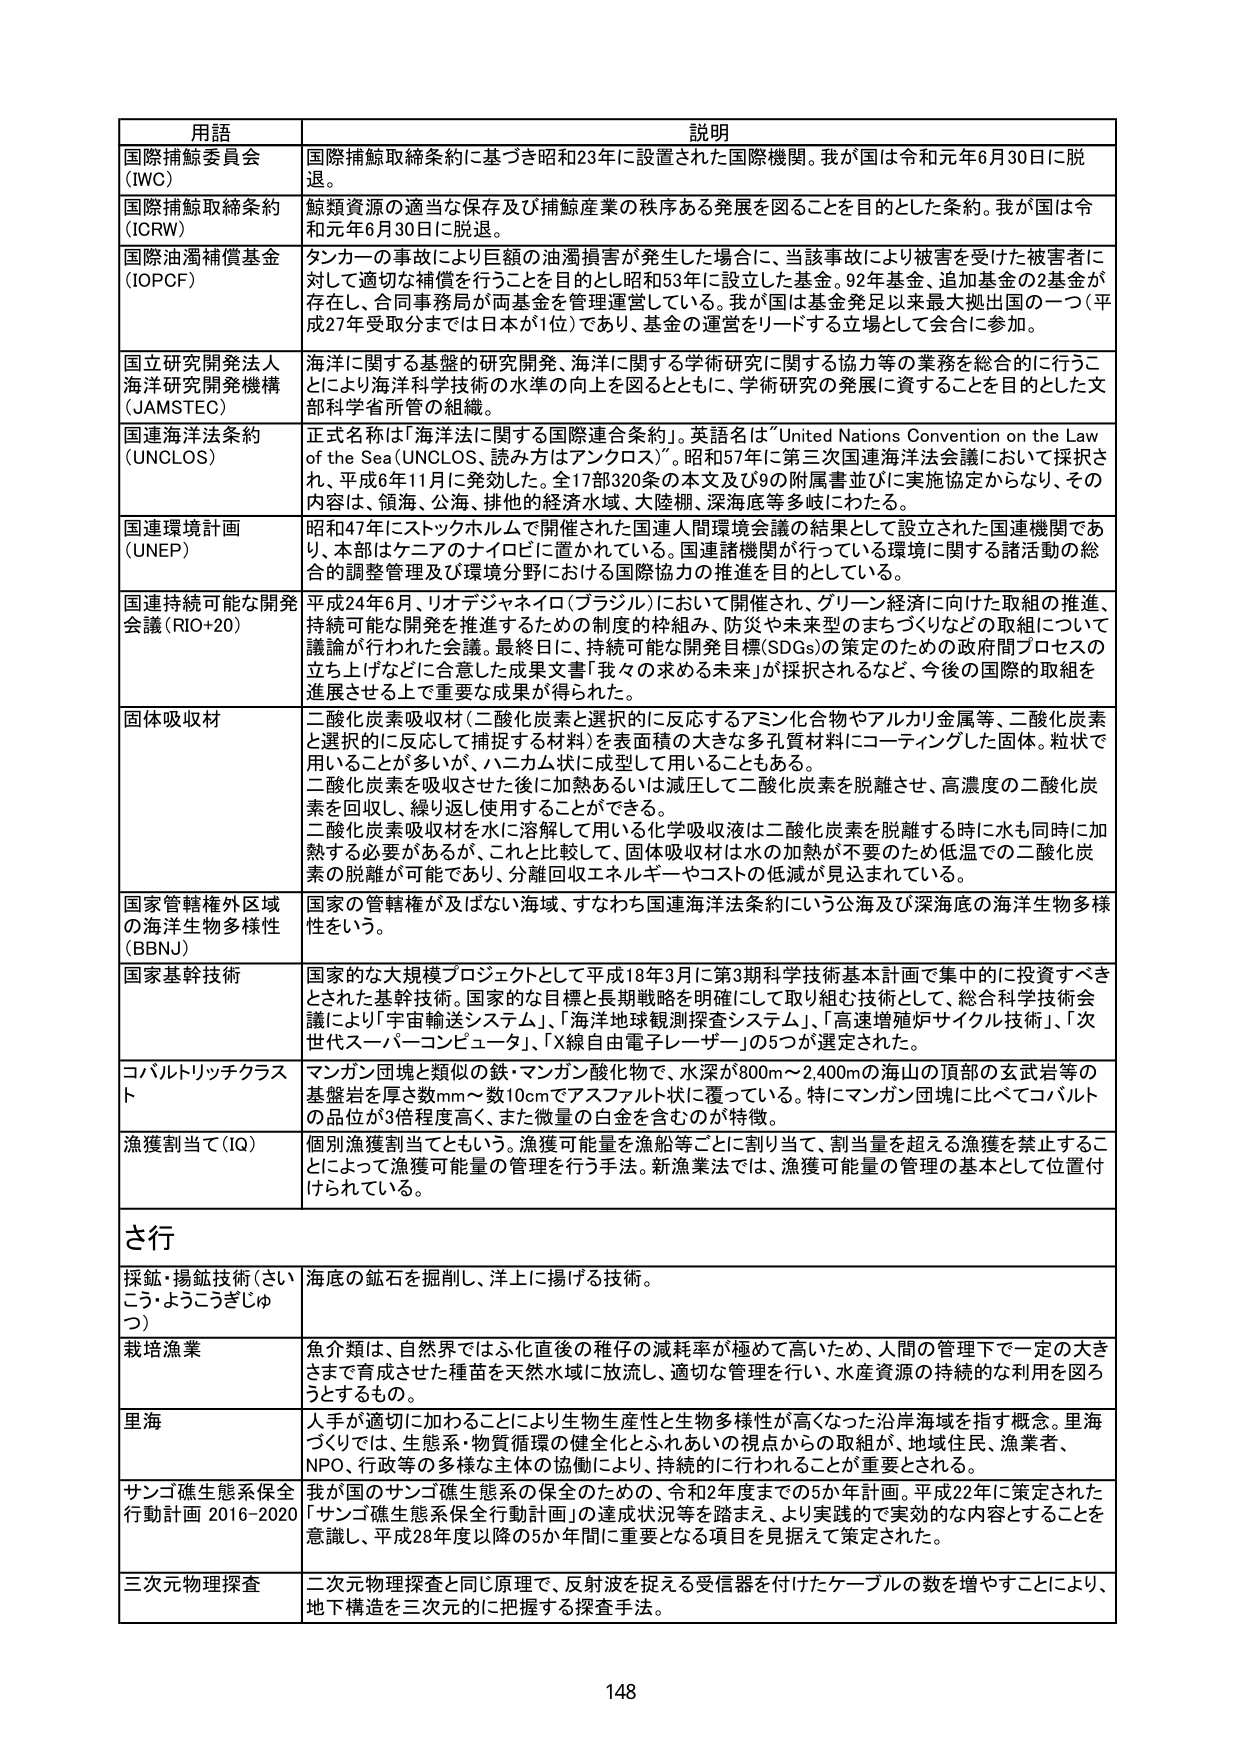
用語 説明
国際捕鯨委員会（IWC） 国際捕鯨取締条約に基づき昭和23年に設置された国際機関。我が国は令和元年6月30日に脱退。
国際捕鯨取締条約（ICRW） 鯨類資源の適当な保存及び捕鯨産業の秩序ある発展を図ることを目的とした条約。我が国は令和元年6月30日に脱退。
国際油濁補償基金（IOPCF） タンカーの事故により巨額の油濁損害が発生した場合に、当該事故により被害を受けた被害者に対して適切な補償を行うことを目的とし昭和53年に設立した基金。92年基金、追加基金の2基金が存在し、合同事務局が両基金を管理運営している。我が国は基金発足以来最大拠出国の一つ（平成27年受取分までは日本が1位）であり、基金の運営をリードする立場として会合に参加。
国立研究開発法人海洋研究開発機構（JAMSTEC） 海洋に関する基盤的研究開発、海洋に関する学術研究に関する協力等の業務を総合的に行うことにより海洋科学技術の水準の向上を図るとともに、学術研究の発展に資することを目的とした文部科学省所管の組織。
国連海洋法条約（UNCLOS） 正式名称は「海洋法に関する国際連合条約」。英語名は“United Nations Convention on the Law of the Sea (UNCLOS、読み方はアンクロス)”。昭和57年に第三次国連海洋法会議において採択され、平成6年11月に発効した。全17部320条の本文及び9の附属書並びに実施協定からなり、その内容は、領海、公海、排他的経済水域、大陸棚、深海底等多岐にわたる。
国連環境計画（UNEP） 昭和47年にストックホルムで開催された国連人間環境会議の結果として設立された国連機関であり、本部はケニアのナイロビに置かれている。国連諸機関が行っている環境に関する諸活動の総合的調整管理及び環境分野における国際協力の推進を目的としている。
国連持続可能な開発会議（RIO+20） 平成24年6月、リオデジャネイロ（ブラジル）において開催され、グリーン経済に向けた取組の推進、持続可能な開発を推進するための制度的枠組み、防災や未来型のまちづくりなどの取組について議論が行われた会議。最終日に、持続可能な開発目標（SDGs）の策定のための政府間プロセスの立ち上げなどに合意した成果書「我々の求める未来」が採択されるなど、今後の国際的取組を進展させる上で重要な成果が得られた。
固体吸収材 二酸化炭素吸収材（二酸化炭素と選択的に反応するアミン化合物やアルカリ金属等、二酸化炭素と選択的に反応して捕捉する材料）を表面積の大きな多孔質材料にコーティングした固体。粒状で用いることが多いが、ハニカム状に成型して用いることもある。二酸化炭素を吸収させた後に加熱あるいは減圧して二酸化炭素を脱離させ、高濃度の二酸化炭素を回収し、繰り返し使用することができる。二酸化炭素吸収材を水に溶解して用いる化学吸収液は二酸化炭素を脱離する時に水も同時に加熱する必要があるが、これと比較して、固体吸収材は水の加熱が不要のため低温での二酸化炭素の脱離が可能であり、分離回収エネルギーーやコストの低減が見込まれている。
国家管轄権外区域の海洋生物多様性（BBNJ） 国家の管轄権が及ばない海域、すなわち国連海洋法条約にいう公海及び深海底の海洋生物多様性をいう。
国家基幹技術 国家的な大規模プロジェクトとして平成18年3月に第3期科学技術基本計画で集中的に投資すべきとされた基幹技術。国家的な目標と長期戦略を明確にして取り組む技術として、総合科学技術会議により「宇宙輸送システム」、「海洋地球観測探査システム」、「高速増殖炉サイクル技術」、「次世代スーパーコンピュータ」、「線自由電子レーザー」の5つが選定された。
コバルトリッチクラス ト マンガン団塊と類似の鉄・マンガン酸化物で、水深が800m～2,400mの海山の頂部の玄武岩等の基盤岩を厚さ数mm～数10cmでアスファルト状に覆っている。特にマンガン団塊に比べてコバルトの品位が3倍程度高く、また微量の白金を含むのが特徴。
漁獲割当て（IQ） 個別漁獲割当てともいう。漁獲可能量を漁船等ごとに割り当て、割当量を超える漁獲を禁止することによって漁獲可能量の管理を行う手法。新漁業法では、漁獲可能量の管理の基本として位置付けられている。
さ行 採鉱・揚鉱技術（さいこう・ようこうぎじゅつ） 海底の鉱石を掘削し、洋上に揚げる技術。
栽培漁業 魚介類は、自然界ではふ化直後の稚仔の減耗率が極めて高いため、人間の管理下で一定の大きさまで育成させた種苗を天然水域に放流し、適切な管理を行い、水産資源の持続的な利用を図ろうとするもの。
里海 人手が適切に加わることにより生物生産性と生物多様性が高くなった沿岸海域を指す概念。里海づくりでは、生態系・物質循環の健全化とふれあいの視点からの取組が、地域住民、漁業者、NPO、行政等の多様な主体の協働により、持続的に行われることが重要とされる。
サンゴ礁生態系保全行動計画 2016-2020 我が国のサンゴ礁生態系の保全のための、令和2年度までの5か年計画。平成22年に策定された「サンゴ礁生態系保全行動計画」の達成状況等を踏まえ、より実践的で実効的な内容とすることを意識し、平成28年度以降の5か年間に重要となる項目を見据えて策定された。
三次元物理探査 二次元物理探査と同じ原理で、反射波を捉える受信器を付けたケーブルの数を増やすことにより、地下構造を三次元的に把握する探査手法。
148